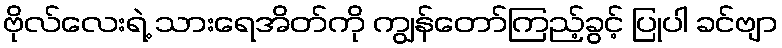
ဗိုလ်လေးရဲ့ သားရေအိတ်ကို ကျွန်တော်ကြည့်ခွင့် ပြုပါ ခင်ဗျာ